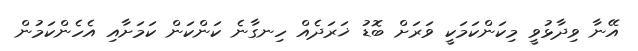
އޭނާ ވިދާޅުވީ މިކަންކަމަކީ ވަރަށް ބޮޑު ޚަރަދެއް ހިނގާނެ ކަންކަން ކަމަށާއި އެހެންކަމުން